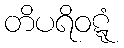
တိပရိဝဋ္ဋံ